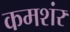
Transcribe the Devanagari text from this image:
कमशंर